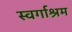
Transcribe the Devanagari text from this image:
स्‍वर्गाश्रम